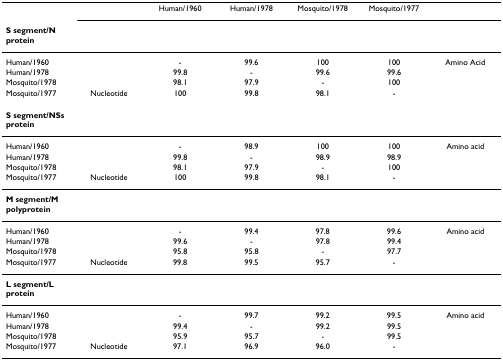
|  |  | Human/1960 | Human/1978 | Mosquito/1978 | Mosquito/1977 |  |
 | S segment/N protein |  |  |  |  |  |  |
 | --- | --- | --- | --- | --- | --- | --- |
 | Human/1960 |  | - | 99.6 | 100 | 100 | Amino Acid |
 | Human/1978 |  | 99.8 | - | 99.6 | 99.6 |  |
 | Mosquito/1978 |  | 98.1 | 97.9 | - | 100 |  |
 | Mosquito/1977 | Nucleotide | 100 | 99.8 | 98.1 | - |  |
 | S segment/NSs protein |  |  |  |  |  |  |
 | Human/1960 |  | - | 98.9 | 100 | 100 | Amino acid |
 | Human/1978 |  | 99.8 | - | 98.9 | 98.9 |  |
 | Mosquito/1978 |  | 98.1 | 97.9 | - | 100 |  |
 | Mosquito/1977 | Nucleotide | 100 | 99.8 | 98.1 | - |  |
 | M segment/M polyprotein |  |  |  |  |  |  |
 | Human/1960 |  | - | 99.4 | 97.8 | 99.6 | Amino acid |
 | Human/1978 |  | 99.6 | - | 97.8 | 99.4 |  |
 | Mosquito/1978 |  | 95.8 | 95.8 | - | 97.7 |  |
 | Mosquito/1977 | Nucleotide | 99.8 | 99.5 | 95.7 | - |  |
 | L segment/L protein |  |  |  |  |  |  |
 | Human/1960 |  | - | 99.7 | 99.2 | 99.5 | Amino acid |
 | Human/1978 |  | 99.4 | - | 99.2 | 99.5 |  |
 | Mosquito/1978 |  | 95.9 | 95.7 | - | 99.5 |  |
 | Mosquito/1977 | Nucleotide | 97.1 | 96.9 | 96.0 | - |  |